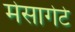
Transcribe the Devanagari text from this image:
मेसागेटे